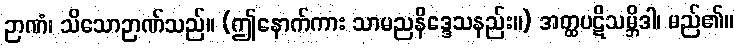
ဉာဏံ၊ သိသောဉာဏ်သည်။ (ဤနောက်ကား သာမညနိဒ္ဒေသနည်း။) အတ္ထပဋိသမ္ဘိဒါ၊ မည်၏။